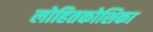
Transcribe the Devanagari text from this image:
लोहितकोशिका